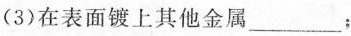
(3)在表面镀上其他金属___；